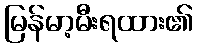
မြန်မာ့မီးရထား၏